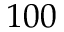
1 0 0